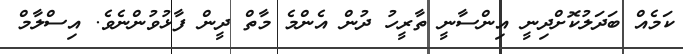
ކަމެއް ބަދަލުކޮށްދިނީ އިންސާނީ ތާރީހު ދުން އެންމެ މާތް ދީން ފާޅުވުންނެވެ. އިސްލާމް